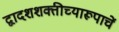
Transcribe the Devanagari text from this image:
द्वादशशक्तीच्यारूपाचें